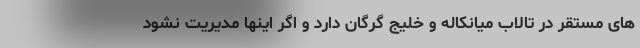
های مستقر در تالاب میانکاله و خلیج گرگان دارد و اگر اینها مدیریت نشود